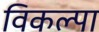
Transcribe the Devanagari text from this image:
विकल्पा